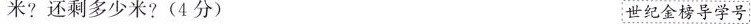
米?还剩多少米?(4分) 世纪金榜导学号